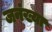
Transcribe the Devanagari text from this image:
जनंख्या